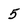
Character: 5